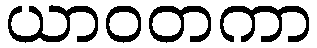
ယာဝတကာ